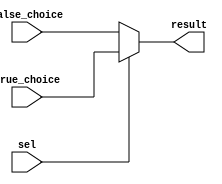
module Mux(
    input [31:0] true_choice,
    input [31:0] false_choice,
    input sel,
    output [31:0]result
);
assign result = (sel) ? true_choice : false_choice;
endmodule